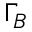
\Gamma _ { B }